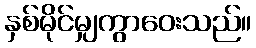
နှစ်မိုင်မျှကွာဝေးသည်။